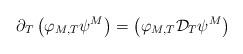
LaTeX: \begin{align*} \partial_{T} \left( \varphi_{M,T}\psi^{M}\right)= \left( \varphi_{M,T}{\cal D}_{T}\psi^{M}\right)\end{align*}